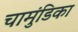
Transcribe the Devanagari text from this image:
चामुंडिका